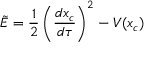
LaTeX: \tilde { E } = { \frac { 1 } { 2 } } \left( { \frac { d x _ { c } } { d \tau } } \right) ^ { 2 } - V ( x _ { c } )